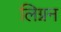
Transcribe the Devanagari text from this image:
लिग्नन